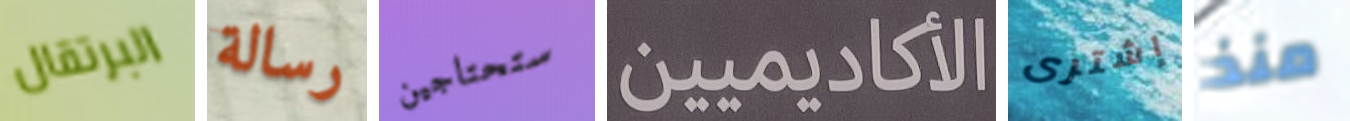
البرتقال رسالة ستحتاجين الأكاديميين إشترى منذ